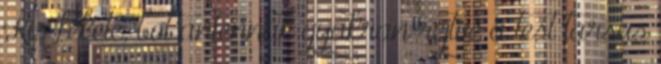
Kis fekete, bot antennák gyakran rejtve a test tarsus